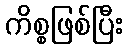
ကိစ္စဖြစ်ပြီး